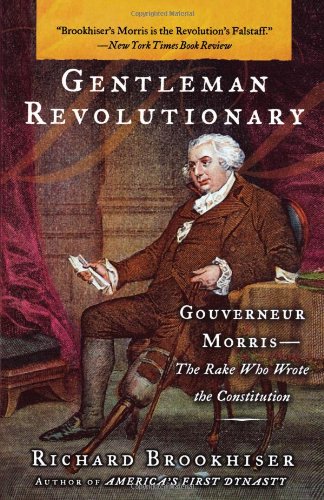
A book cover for Gentleman Revolutionary: Gouverneur Morris, the Rake Who Wrote the Constitution; Richard Brookhiser; Biographies & Memoirs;